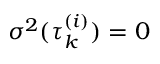
\sigma ^ { 2 } ( \tau _ { k } ^ { ( i ) } ) = 0